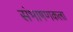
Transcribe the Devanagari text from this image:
संभाषणकला